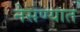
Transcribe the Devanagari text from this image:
नेसण्यात